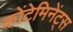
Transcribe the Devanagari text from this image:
कोंटेमिनेंट्स